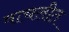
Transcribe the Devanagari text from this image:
वाचलीत